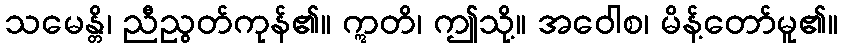
သမေန္တိ၊ ညီညွတ်ကုန်၏။ ဣတိ၊ ဤသို့။ အဝေါစ၊ မိန့်တော်မူ၏။